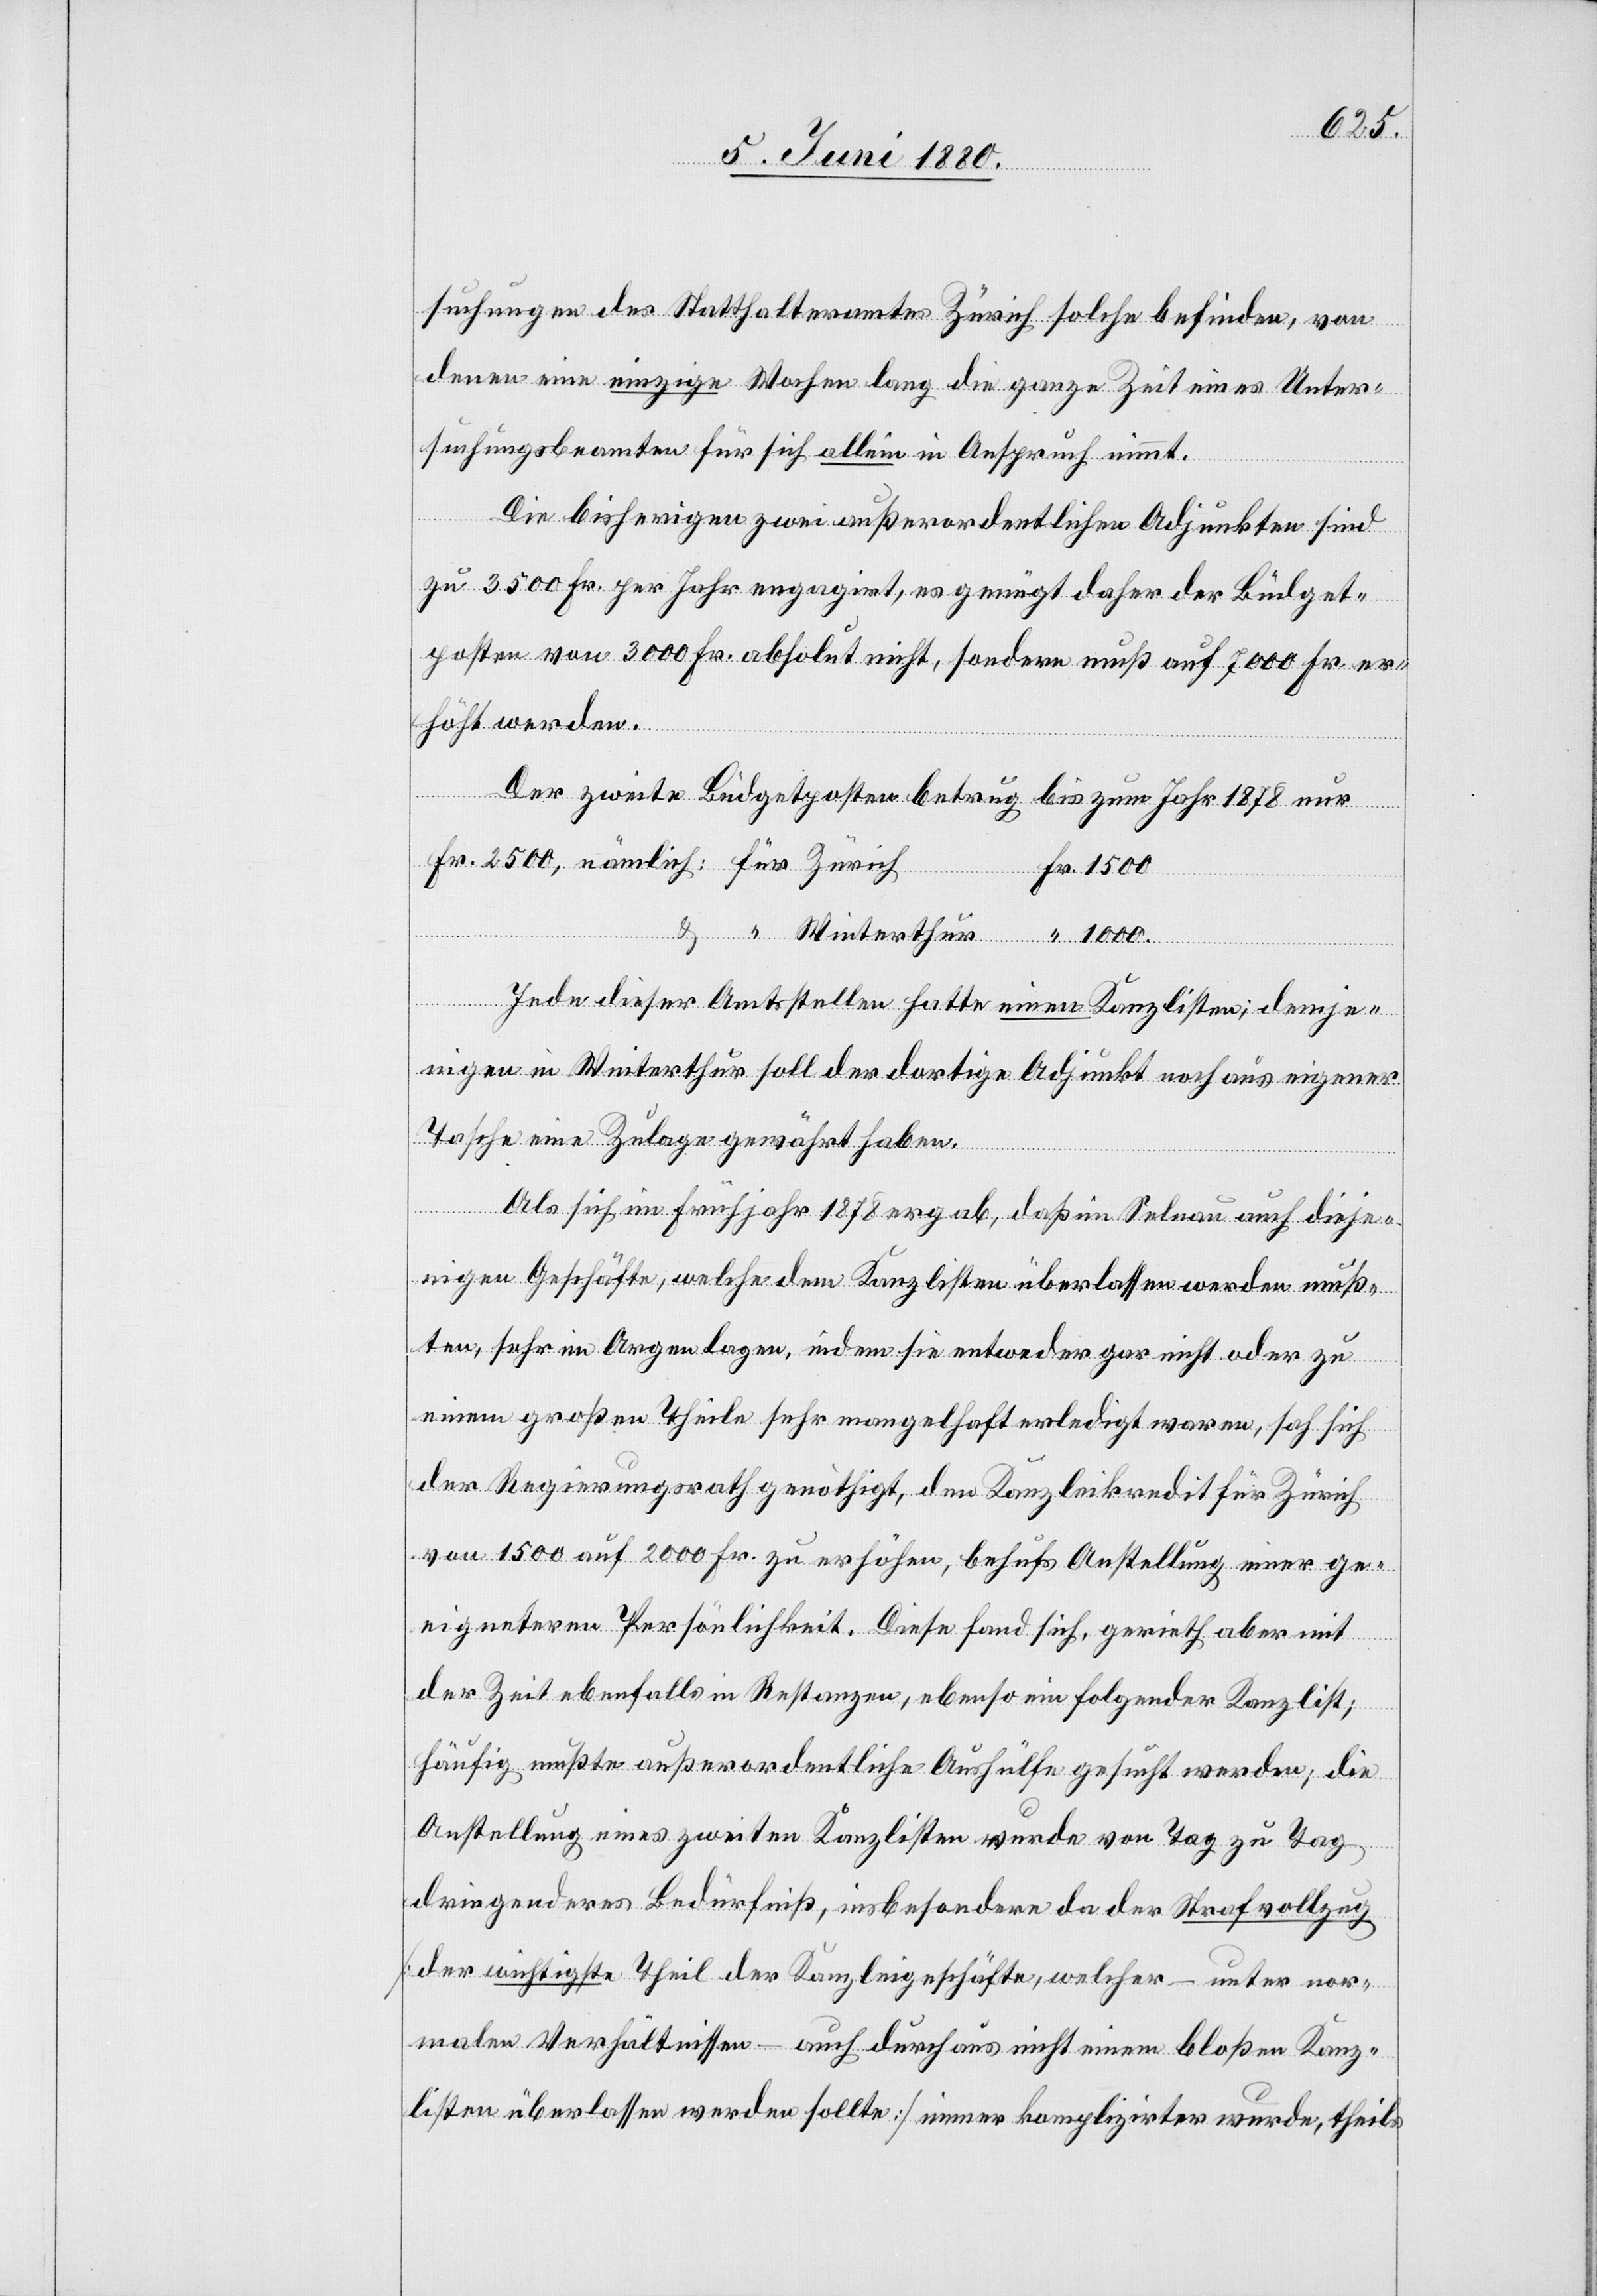
1000.
Winter¬
suchungen des Statthalteramtes Zürich solche befinden, von
denen eine einzige Wochen lang die ganze Zeit eines Unter¬
suchungsbeamten für sich allein in Anspruch nimmt.
Die bisherigen zwei außerordentlichen Adjunkten sind
zu 3500 Fr. per Jahr engagirt, es genügt daher der Büdget¬
posten von 3000 Fr. absolut nicht, sondern muß auf 7000 Fr. er¬
höht werden.
thur
ich
Der zweite Büdgetposten betrug bis zum Jahr 1878 nur
Fr. 2500,
Jede dieser Amtsstellen hatte einen Kanzlisten; demje¬
nigen in Winterthur soll der dortige Adjunkt noch aus eigener
Tasche eine Zulage gewährt haben.
Als sich im Frühjahr 1878 ergab, daß im Selnau auch dieje¬
nigen Geschäfte, welche dem Kanzlisten überlassen werden muß¬
ten, sehr im Argen lagen, indem sie entweder gar nicht oder zu
einem großen Theile sehr mangelhaft erledigt waren, sah sich
der Regierungsrath genöthigt, den Kanzleikredit für Zürich
von 1500 auf 2000 Fr. zu erhöhen, behufs Anstellung einer ge¬
eigneteren Persönlichkeit. Diese fand sich, gerieth aber mit
der Zeit ebenfalls in Restanzen, ebenso ein folgender Kanzlist;
häufig mußte außerordentliche Aushülfe gesucht werden; die
Anstellung eines zweiten Kanzlisten wurde von Tag zu Tag
dringenderes Bedürfniß, insbesondere da der Strafvollzug
[der wichtigste Theil der Kanzleigeschäfte, welcher – unter nor¬
malen Verhältnissen – auch durchaus nicht einem bloßen Kanz¬
listen überlassen werden sollte] immer komplizirter wurde, theils